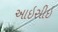
આઇસીઇ